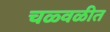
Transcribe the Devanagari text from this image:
चळ्वळीत